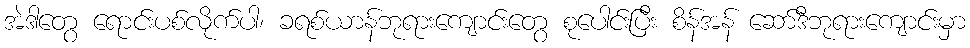
အဲဒါတွေ ရောင်းပစ်လိုက်ပါ၊ ခရစ်ယာန်ဘုရားကျောင်းတွေ စုပေါင်းပြီး စိန်အန် ဆော်ဒီဘုရားကျောင်းမှာ